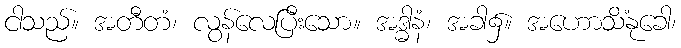
ငါသည်။ အတီတံ၊ လွန်လေပြီးသော။ အဒ္ဓါနံ၊ အခါ၌။ အဟောသိံနုခေါ၊